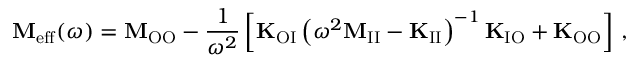
\mathbf { M } _ { \mathrm { e f f } } ( \omega ) = \mathbf { M } _ { \mathrm { O O } } - \frac { 1 } { \omega ^ { 2 } } \left[ \mathbf { K } _ { \mathrm { O I } } \left( \omega ^ { 2 } \mathbf { M } _ { \mathrm { I I } } - \mathbf { K } _ { \mathrm { I I } } \right) ^ { - 1 } \mathbf { K } _ { \mathrm { I O } } + \mathbf { K } _ { \mathrm { O O } } \right] \, ,